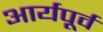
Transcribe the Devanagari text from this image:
आर्यपूर्व